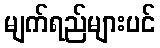
မျက်ရည်များပင်